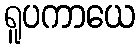
ရူပကာယေ